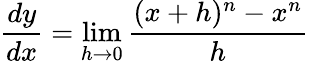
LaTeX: {\frac{dy}{dx}}=\operatorname*{lim}_{h\to 0}{\frac{(x+h)^{n}-x^{n}}{h}}